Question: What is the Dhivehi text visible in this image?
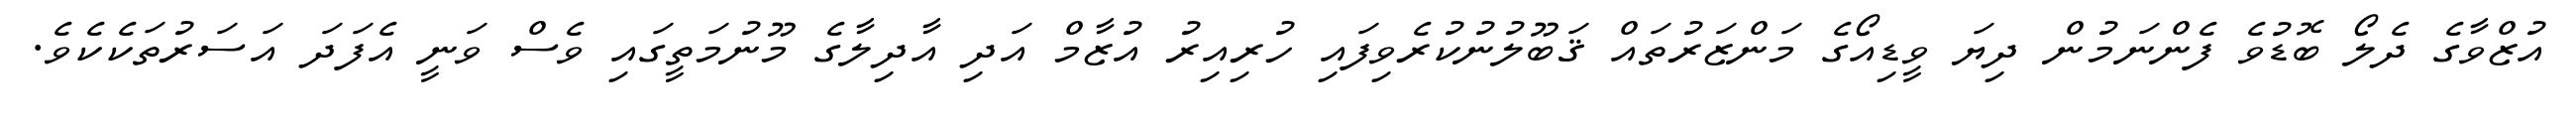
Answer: އުޒްވާގެ ދެލޯ ބޮޑުވެ ފެންނަމުން ދިޔަ ވީޑިއޯގެ މަންޒަރުތައް ޤަބޫލުނުކުރެވިފައި ހުރިއިރު އުޒާމް އަދި އާދިލާގެ މޫނުމަތީގައި ވެސް ވަނީ އެފަދަ އަސަރުތަކެކެވެ.